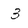
Character: 3